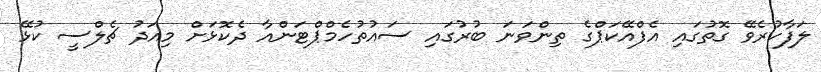
ލަފާކުރެވޭ ގޮތުގައި އެފްއޭކަޕްގެ ތިންވަނަ ބުރުގައި ސައުތުހެމްޕްޓަންއާ ދެކޮޅަށް މިއަދު ޗެލްސީ ކުޅޭ